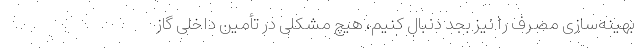
بهینه‌سازی مصرف را نیز بجد دنبال کنیم، هیچ مشکلی در تأمین داخلی گاز